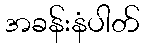
အခန်းနံပါတ်